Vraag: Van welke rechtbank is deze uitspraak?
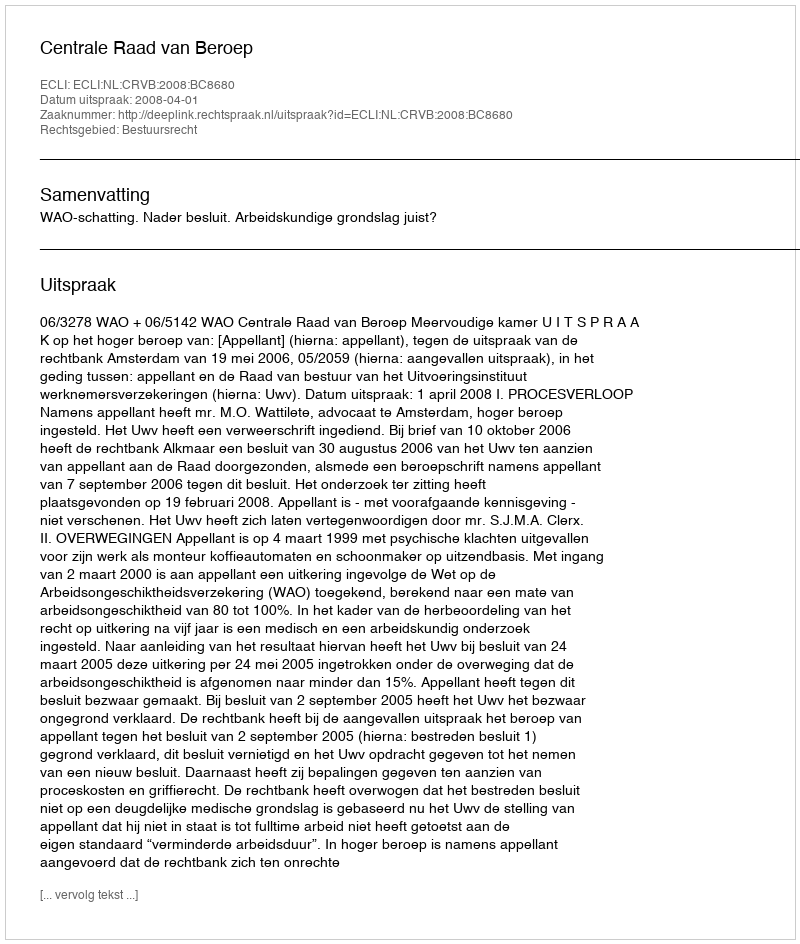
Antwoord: Centrale Raad van Beroep